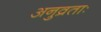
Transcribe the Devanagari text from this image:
अनुव्रताः